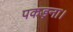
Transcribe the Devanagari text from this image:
पकड़ना।